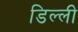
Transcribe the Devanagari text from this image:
डिल्ली